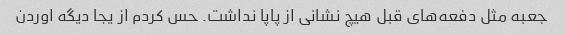
جعبه مثل دفعه‌های قبل هیچ نشانی از پاپا نداشت. حس کردم از یجا دیگه اوردن